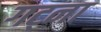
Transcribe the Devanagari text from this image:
गट्ना